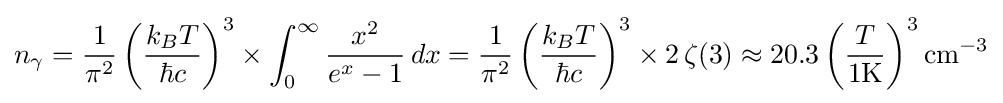
n_{\gamma }={\frac {1}{\pi ^{2}}}\left({\frac {k_{B}T}{\hbar c}}\right)^{3}\times \int _{0}^{\infty }{\frac {x^{2}}{e^{x}-1}}\,dx={\frac {1}{\pi ^{2}}}\left({\frac {k_{B}T}{\hbar c}}\right)^{3}\times 2\,\zeta (3)\approx 20.3\left({\frac {T}{1{\text{K}}}}\right)^{3}{\text{cm}}^{-3}